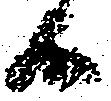
候